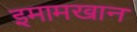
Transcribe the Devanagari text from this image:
इमामखान